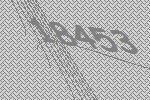
18453